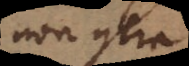
non contra